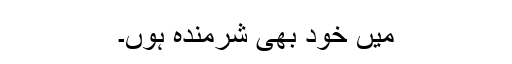
میں خود بھی شرمندہ ہوں۔